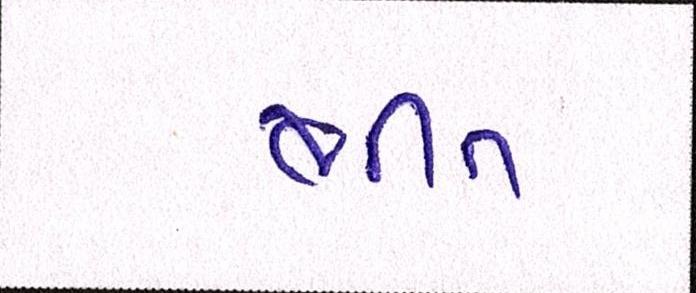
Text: ભીંત